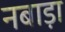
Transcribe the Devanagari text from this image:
नबाड़ा